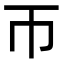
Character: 帀